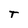
Character: T